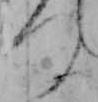
つ